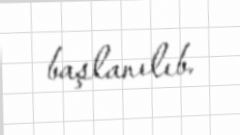
başlanılıb.